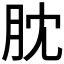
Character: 䶻